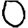
Digit: 0